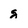
Character: g